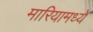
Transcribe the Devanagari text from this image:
मारियामध्ये